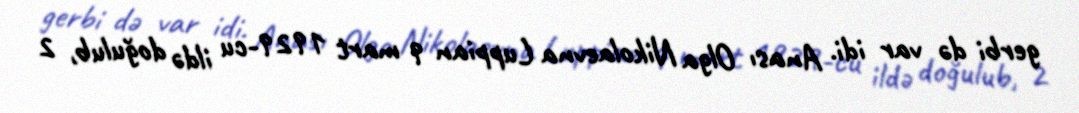
gerbi də var idi. Anası Olga Nikolaevna Luppian 9 mart 1929-cu ildə doğulub, 2